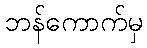
ဘန်ကောက်မှ